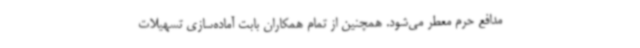
مدافع حرم معطر می‌شود. همچنین از تمام همکاران بابت آماده‌سازی تسهیلات